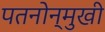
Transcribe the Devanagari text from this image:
पतनोन्मुखी